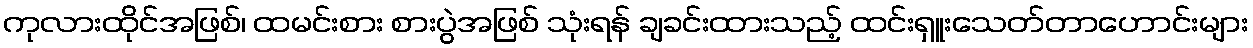
ကုလားထိုင်အဖြစ်၊ ထမင်းစား စားပွဲအဖြစ် သုံးရန် ချခင်းထားသည့် ထင်းရှူးသေတ်တာဟောင်းများ